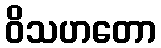
ဝိသဟတော